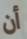
أن